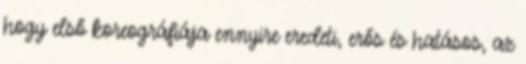
hogy első koreográfiája ennyire eredeti, erős és hatásos, az